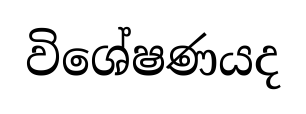
විශේෂණයද